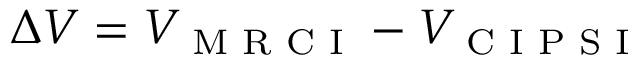
\Delta V = V _ { \textrm { M R C I } } - V _ { \textrm { C I P S I } }